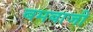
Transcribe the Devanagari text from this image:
बमबाजी